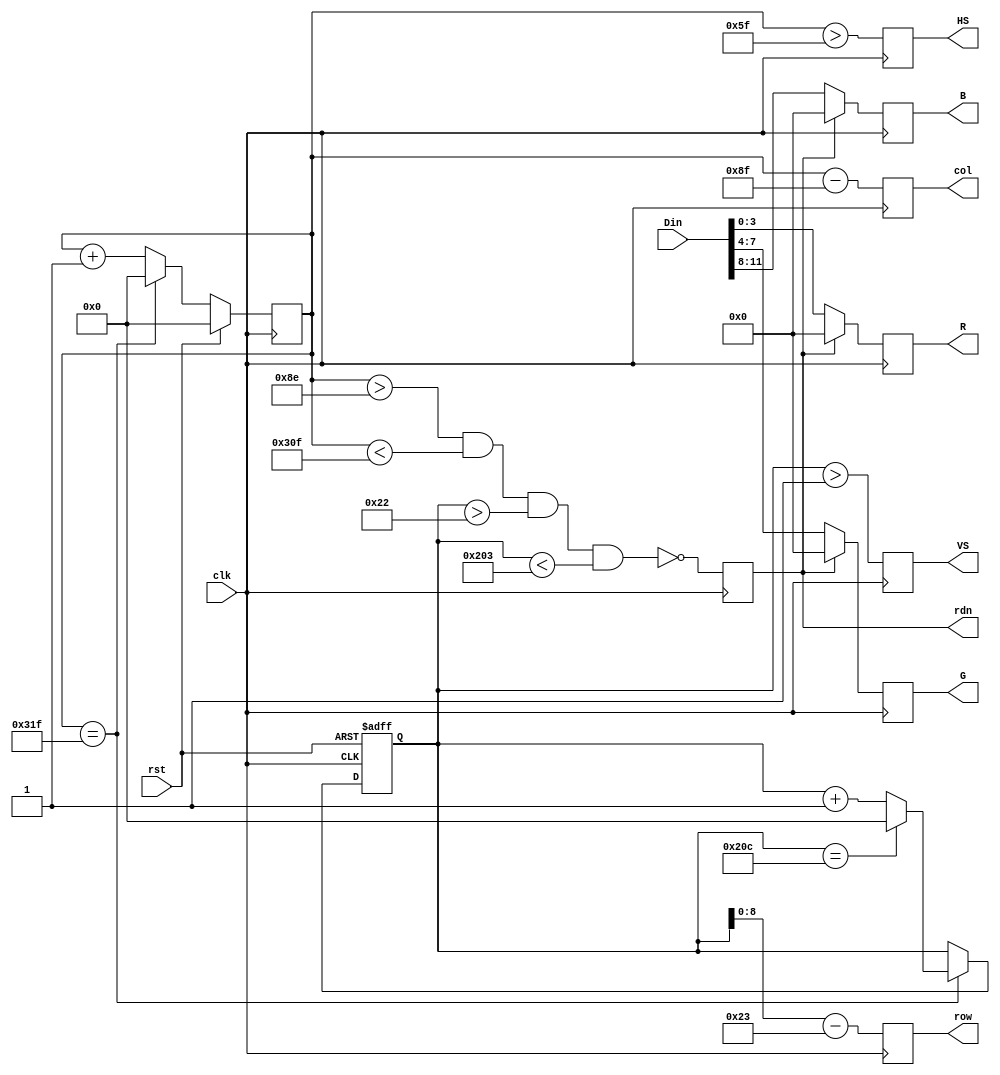
`timescale 1ns / 1ps
//////////////////////////////////////////////////////////////////////////////////
// Company: 
// Engineer: 
// 
// Design Name: 
// Module Name: VGA_drive
// Project Name: 
// Target Devices: 
// Tool Versions: 
// Description: 
// 
// Dependencies: 
// 
// Revision:
// Revision 0.01 - File Created
// Additional Comments:
// 
//////////////////////////////////////////////////////////////////////////////////


module VGA_drive(input clk,
			 input rst,
			 input [11:0]Din,
			 output reg [8:0]row,
		     output reg [9:0]col,
			 output reg rdn,
			 output reg [3:0]R,G,B,
			 output reg HS,VS
	 );
// h_count: VGA horizontal counter (0-799)
	reg [9:0] h_count; // VGA horizontal counter (0-799): pixels
	always @ (posedge clk) begin
		if (rst) h_count<= 10'h0;
		else if (h_count == 10'd799)h_count <= 10'h0;
		else h_count <= h_count + 10'h1;
	end
// v_count: VGA vertical counter (0-524)
	reg [9:0] v_count; // VGA vertical counter (0-524): lines
	always @ (posedge clk or posedge rst) begin
		if (rst) v_count <= 10'h0;
		else if (h_count == 10'd799) begin
			if (v_count == 10'd524)v_count <= 10'h0;
			else v_count <= v_count + 10'h1;
		end
	end
// signals, will be latched for outputs
    wire [9:0] row_addr;
    wire [9:0] col_addr;
    wire h_sync;
    wire v_sync;
    wire read;
    
	assign row_addr = v_count - 10'd35;  // pixel ram row addr
	assign col_addr = h_count - 10'd143; // pixel ram col addr
	assign h_sync = (h_count > 10'd95);        // 96 -> 799
	assign v_sync = (v_count > 10'd1);         // 2 -> 524
	assign read = (h_count > 10'd142) &&       // 143 -> 782
					(h_count < 10'd783) &&   // 640 pixels
					(v_count > 10'd34) &&    // 35 -> 514
					(v_count < 10'd515);     // 480 lines
// vga signals
	always @ (posedge clk) begin
		row <= row_addr[8:0];       // pixel ram row address
		col <= col_addr[9:0];            // pixel ram col address
		rdn <= ~read;               // read pixel (active low)
		HS <= h_sync;               // horizontal synchronization
		VS <= v_sync;               // vertical synchronization
		R <= rdn ? 4'h0 : Din[3:0]; // 4-bit red
		G <= rdn ? 4'h0 : Din[7:4]; // 4-bit green
		B <= rdn ? 4'h0 : Din[11:8]; // 4-bit blue
	end
endmodule